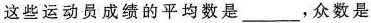
这些运动员成绩的平均数是___，众数是